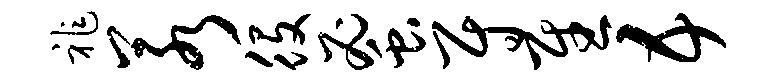
祚若役蜜尉慰五